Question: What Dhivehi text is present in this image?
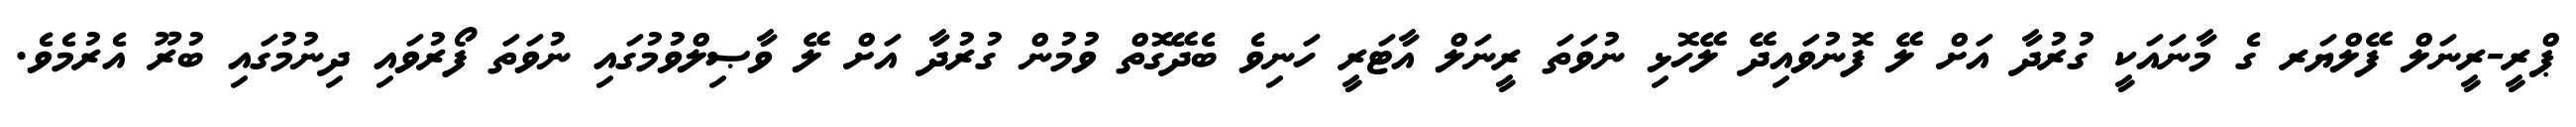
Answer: ޕްރީ-ރީނަލް ފޭލްޔަރ ގެ މާނައަކީ ގުރުދާ އަށް ލޭ ފޮނުވައިދޭ ލޭހޮޅި ނުވަތަ ރީނަލް އާޓަރީ ހަނިވެ ބެދޭގޮތް ވުމުން ގުރުދާ އަށް ލޭ ވާޞިލްވުމުގައި ނުވަތަ ފޯރުވައި ދިނުމުގައި ބުރޫ އެރުމެވެ.